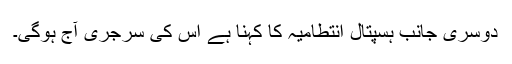
دوسری جانب ہسپتال انتطامیہ کا کہنا ہے اس کی سرجری آج ہوگی۔